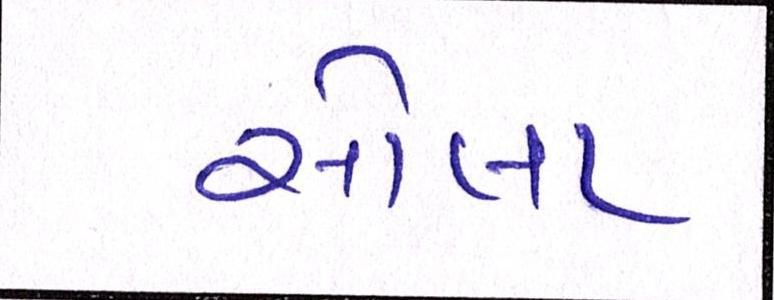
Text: સોલા